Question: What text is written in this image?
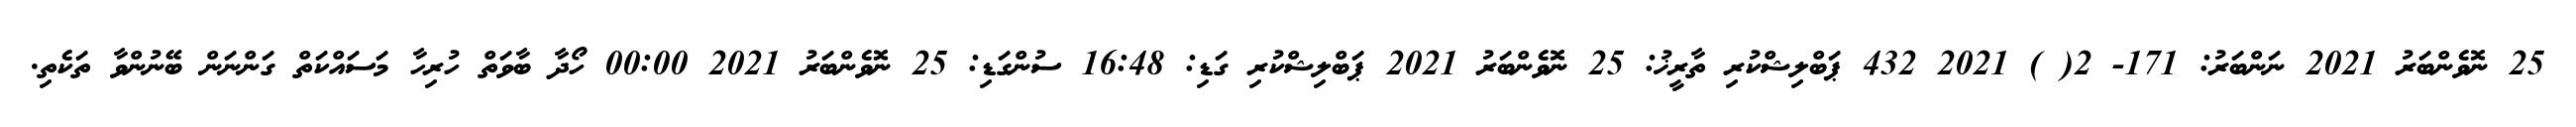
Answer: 25 ނޮވެންބަރު 2021 ނަންބަރު: 171- 2( ) 2021 432 ޕަބްލިޝްކުރި ތާރީޚު: 25 ނޮވެންބަރު 2021 ޕަބްލިޝްކުރި ގަޑި: 16:48 ސުންގަޑި: 25 ނޮވެންބަރު 2021 00:00 ހޯދާ ބާވަތް ހުރިހާ މަސައްކަތް ގަންނަން ބޭނުންވާ ތަކެތި.